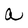
Character: a